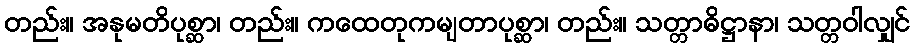
တည်း။ အနုမတိပုစ္ဆာ၊ တည်း။ ကထေတုကမျတာပုစ္ဆာ၊ တည်း။ သတ္တာဓိဋ္ဌာနာ၊ သတ္တဝါလျှင်